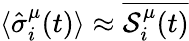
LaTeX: \langle\hat{\sigma}_{i}^{\mu}(t)\rangle\approx\overline{{\mathcal{S}_{i}^{\mu}(t)}}